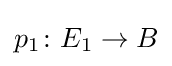
p_{1}\colon E_{1}\to B